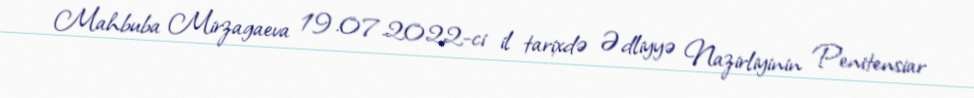
Mahbuba Mirzagaeva 19.07.2022-ci il tarixdə Ədliyyə Nazirliyinin Penitensiar